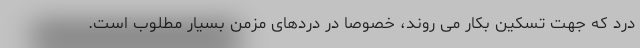
درد که جهت تسکین بکار می روند، خصوصاً در دردهای مزمن بسیار مطلوب است.